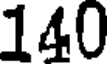
140